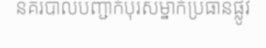
នគរបាលបញ្ជាក់បុរសម្នាក់ប្រធានផ្លូវ